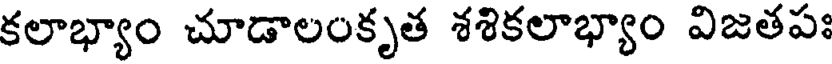
కలాభ్యాం చూడాలంకృత శశికలాభ్యాం విజతపః